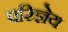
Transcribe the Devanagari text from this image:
परिज्ञेय